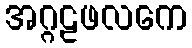
အဂ္ဂဠဖလကေ